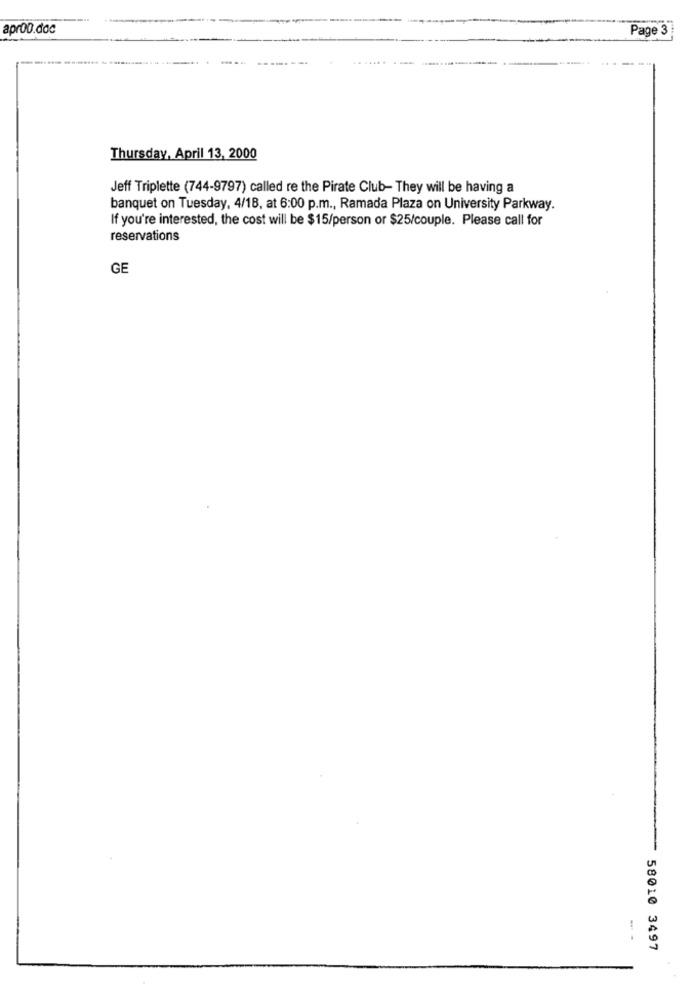
apr00.doc
Page 3
Thursday, April 13, 2000
Jeff Triplette (744-9797) called re the Pirate Club- They will be having a
banquet on Tuesday, 4/18, at 6:00 p.m ., Ramada Plaza on University Parkway.
If you're interested, the cost will be $15/person or $25/couple. Please call for
reservations
GE
..
58010 3497